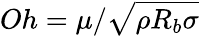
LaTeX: Oh=\mu/\sqrt{\rho R_{b}\sigma}